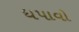
ધપાવો